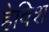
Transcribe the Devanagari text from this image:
हेविश